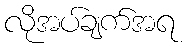
လိုအပ်ချက်အရ